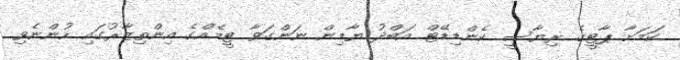
ކަމަށާ ޕާޓީގެ ރިޔާސީ ކެންޑިޑޭޓް އަބްދު ޔާމިން ނަންގަވާ ޓީމެއްގެ އިންތިޒާރުގައި ހުންނެވި